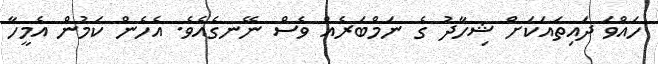
ހައްވަ ދައިތައަކަށް ޝިހާދު ގެ ނަމްބަރެއް ވެސް ނޭނގެއެވެ. އެހެން ކަމުން އެމީހާ